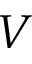
V